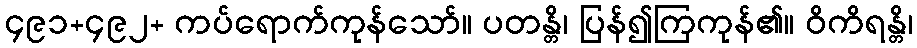
၄၉၁+၄၉၂+ ကပ်ရောက်ကုန်သော်။ ပတန္တိ၊ ပြန်၍ကြကုန်၏။ ဝိကိရန္တိ၊